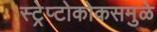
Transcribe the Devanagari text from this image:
स्ट्रेप्टोकोकसमुळे